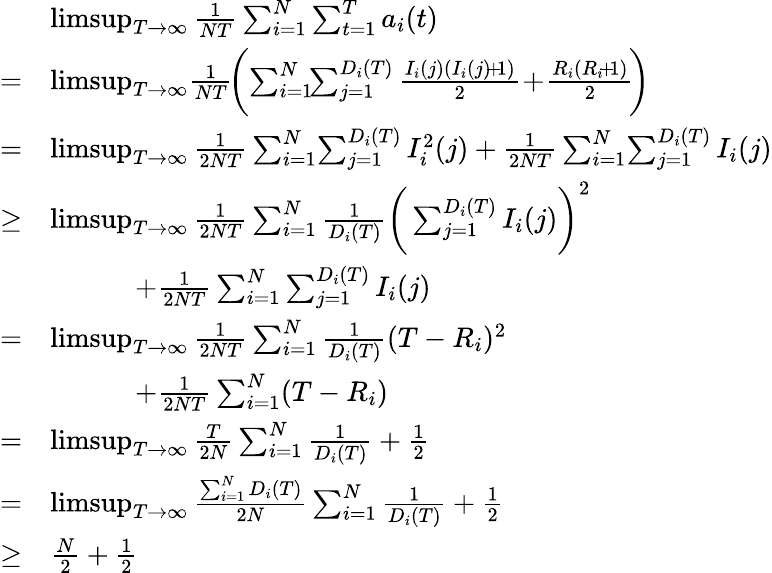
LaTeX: \begin{array}{rl}&{\operatorname*{limsup}_{T\rightarrow\infty}\frac{1}{NT}\sum_{i=1}^{N}\sum_{t=1}^{T}a_{i}(t)}\\ {=}&{\operatorname*{limsup}_{T\rightarrow\infty}\! \frac{1}{NT}\! \bigg(\! \sum_{i=1}^{N}\! \! \sum_{j=1}^{D_{i}(T)}\frac{I_{i}(j)(I_{i}(j)\! +\! 1)}{2}\! +\! \frac{R_{i}(R_{i}\! +\! 1)}{2}\! \bigg)\! }\\ {=}&{\operatorname*{limsup}_{T\rightarrow\infty}\frac{1}{2NT}\sum_{i=1}^{N}\! \sum_{j=1}^{D_{i}(T)}{I_{i}^{2}(j)}+\frac{1}{2NT}\sum_{i=1}^{N}\! \sum_{j=1}^{D_{i}(T)}{I_{i}(j)}}\\ {\geq}&{\operatorname*{limsup}_{T\rightarrow\infty}\frac{1}{2NT}\sum_{i=1}^{N}\frac{1}{D_{i}(T)}\bigg(\sum_{j=1}^{D_{i}(T)}I_{i}(j)\bigg)^{2}}\\ &{\qquad\quad+\frac{1}{2NT}\sum_{i=1}^{N}\sum_{j=1}^{D_{i}(T)}{I_{i}(j)}}\\ {=}&{\operatorname*{limsup}_{T\rightarrow\infty}\frac{1}{2NT}\sum_{i=1}^{N}\frac{1}{D_{i}(T)}(T-R_{i})^{2}}\\ &{\qquad\quad+\frac{1}{2NT}\sum_{i=1}^{N}(T-R_{i})}\\ {=}&{\operatorname*{limsup}_{T\rightarrow\infty}\frac{T}{2N}\sum_{i=1}^{N}\frac{1}{D_{i}(T)}+\frac{1}{2}}\\ {=}&{\operatorname*{limsup}_{T\rightarrow\infty}\frac{\sum_{i=1}^{N}D_{i}(T)}{2N}\sum_{i=1}^{N}\frac{1}{D_{i}(T)}+\frac{1}{2}}\\ {\geq}&{\frac{N}{2}+\frac{1}{2}}\end{array}